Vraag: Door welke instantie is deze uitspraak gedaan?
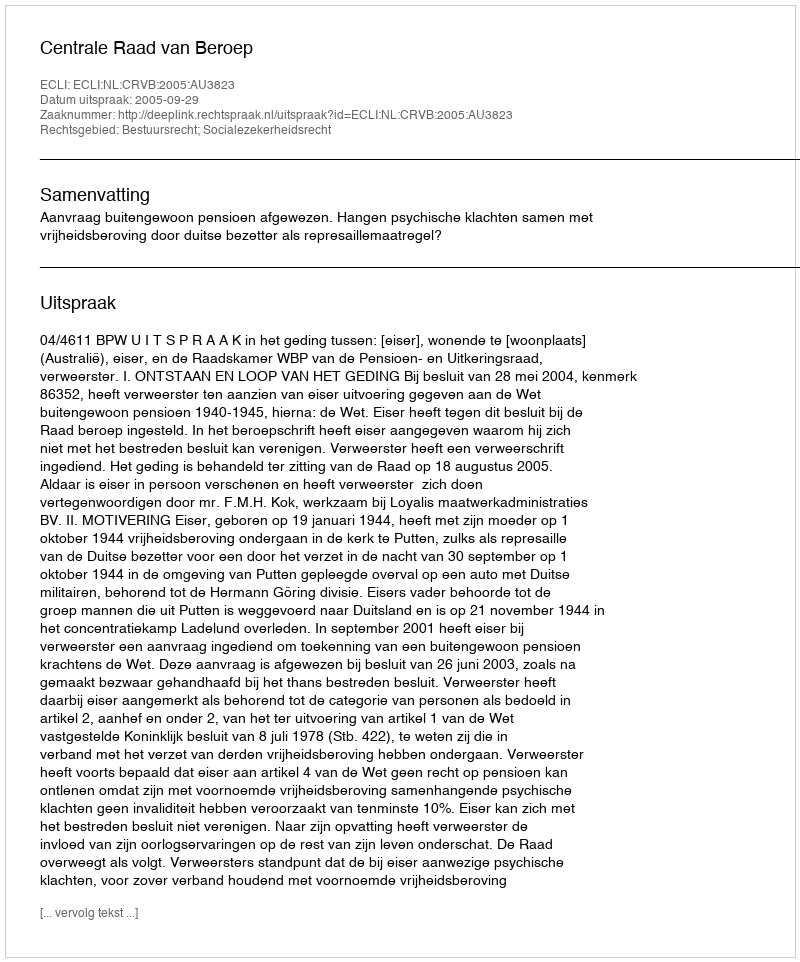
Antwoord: Centrale Raad van Beroep